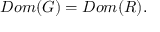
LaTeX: D o m ( G ) = D o m ( R ) .